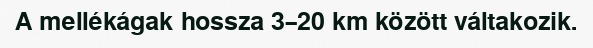
A mellékágak hossza 3–20 km között váltakozik.